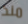
منذ